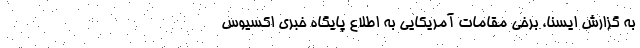
به گزارش ایسنا، برخی مقامات آمریکایی به اطلاع پایگاه خبری اکسیوس